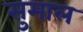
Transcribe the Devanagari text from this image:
सुमाल